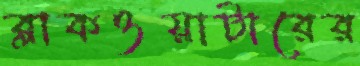
ব্লাকওয়াটারের